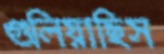
গুলিয়াছিস